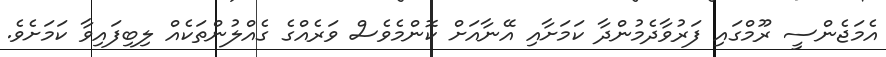
އެމަޖެންސީ ރޫމްގައި ފަރުވާދެމުންދާ ކަމަށާއި އޭނާއަށް ކޮންމެވެސް ވަރެއްގެ ގެއްލުންތަކެއް ލިބިފައިވާ ކަމަށެވެ.